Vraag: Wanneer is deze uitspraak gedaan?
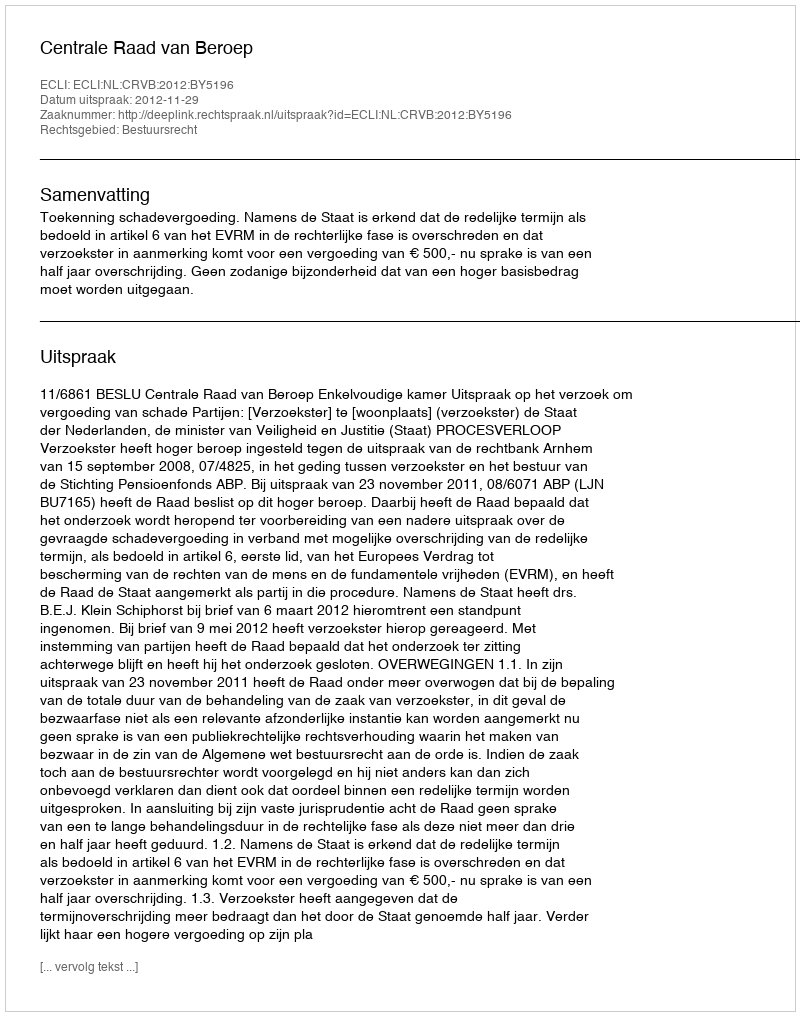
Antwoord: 2012-11-29